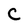
Character: C